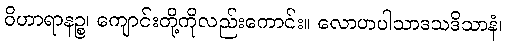
ဝိဟာရာနဉ္စ၊ ကျောင်းတို့ကိုလည်းကောင်း။ လောဟပါသာဒသဒိသာနံ၊